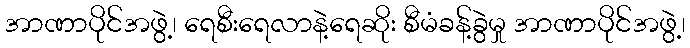
အာဏာပိုင်အဖွဲ့၊ ရေစီးရေလာနဲ့ရေဆိုး စီမံခန့်ခွဲမှု အာဏာပိုင်အဖွဲ့၊